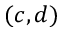
( c , d )